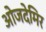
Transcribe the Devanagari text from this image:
ओजदेमिर